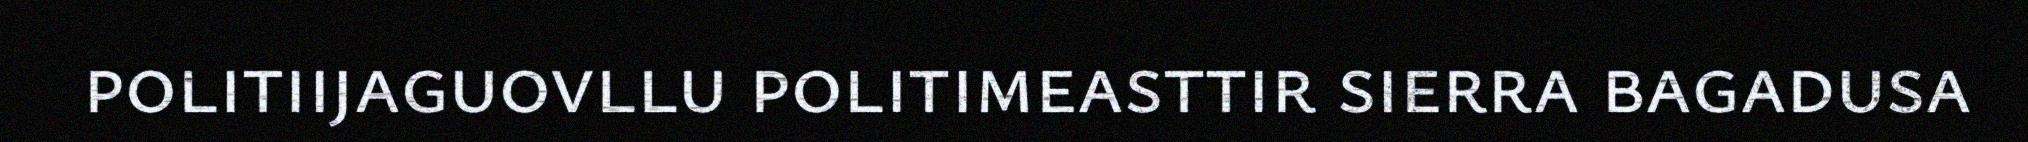
politiijaguovllu politimeasttir sierra bagadusa